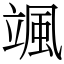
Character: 颯